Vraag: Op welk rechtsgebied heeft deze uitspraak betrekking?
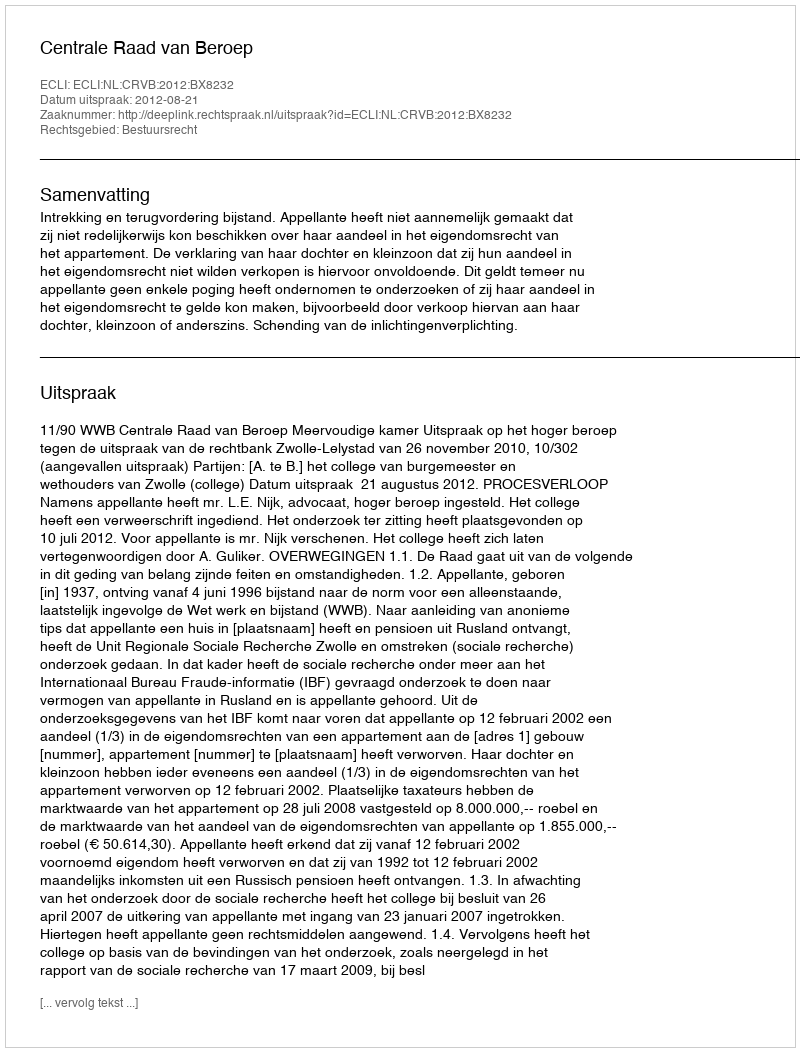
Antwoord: Bestuursrecht